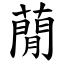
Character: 蕑